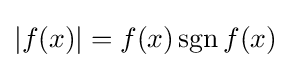
|f(x)|=f(x)\operatorname {sgn} f(x)